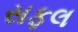
સફલ